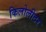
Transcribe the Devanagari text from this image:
किलोलीटर